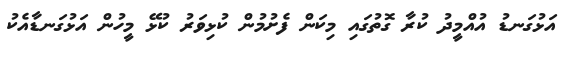
އަޅުގަނޑު އުއްމީދު ކުރާ ގޮތުގައި މިކަން ފެށުމުން ކުޅިވަރު ކުޅޭ މީހުން އަޅުގަނޑާއެކު